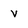
Character: v